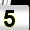
Digit: 5